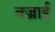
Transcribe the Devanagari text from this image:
वज्राई